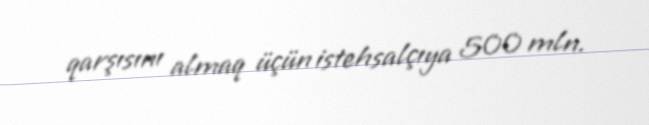
qarşısını almaq üçün istehsalçıya 500 mln.